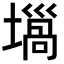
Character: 𡐫